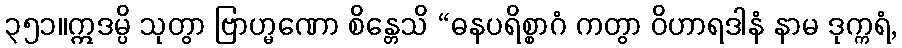
၃၅၁။ဣဒမ္ပိ သုတွာ ဗြာဟ္မဏော စိန္တေသိ “ဓနပရိစ္စာဂံ ကတွာ ဝိဟာရဒါနံ နာမ ဒုက္ကရံ,